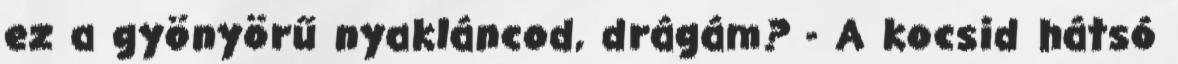
ez a gyönyörű nyakláncod, drágám? - A kocsid hátsó